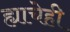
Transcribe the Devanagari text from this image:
ह्याचेही